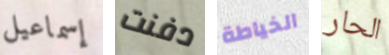
إسماعيل دفنت الخياطة الحار